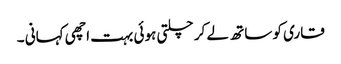
قاری کو ساتھ لے کر چلتی ہوئی بہت اچھی کہانی ۔